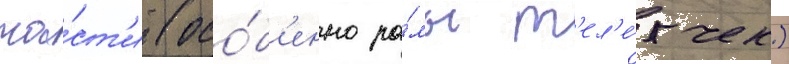
ча́ст'и (осо́б'енно ра́мы т'ел'е́жек)